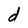
Character: d